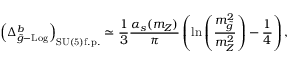
\left( \Delta _ { \widetilde { g } - \mathrm { L o g } } ^ { b } \right) _ { \mathrm { S U ( 5 ) f . p . } } \simeq \frac { 1 } { 3 } \frac { \alpha _ { s } ( m _ { Z } ) } { \pi } \left( \ln \left( \frac { m _ { \widetilde { g } } ^ { 2 } } { m _ { Z } ^ { 2 } } \right) - \frac { 1 } { 4 } \right) ,